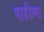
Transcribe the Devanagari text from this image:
पाहील्या